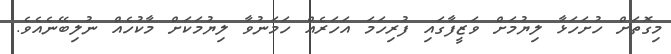
މިގޮތަށް ހުށަހަޅާ ލިޔުމަށް ވަޒީފާގައި ފުރިހަމަ އަހަރެއް ހަމަނުވާ ލިޔުމަކަށް މާކުހެއް ނުލިބޭނެއެވެ.